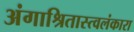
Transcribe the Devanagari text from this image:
अंगाश्रितास्त्वलंकारा